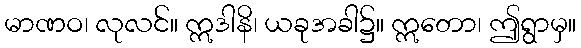
မာဏဝ၊ လုလင်။ ဣဒါနိ၊ ယခုအခါ၌။ ဣတော၊ ဤရွာမှ။